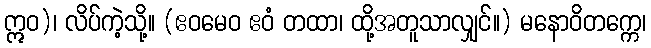
ဣဝ)၊ လိပ်ကဲ့သို့။ (ဧဝမေဝ ဧဝံ တထာ၊ ထို့အတူသာလျှင်။) မနောဝိတက္ကေ၊